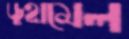
ডুহামেল